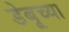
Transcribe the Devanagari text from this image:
डेबूच्या